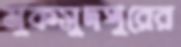
মুকসুদপুরের